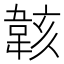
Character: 𫠄